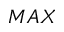
M A X